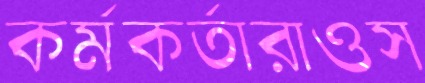
কর্মকর্তারাওস